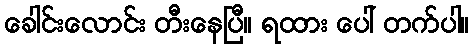
ခေါင်းလောင်း တီးနေပြီ။ ရထား ပေါ် တက်ပါ။